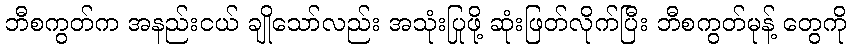
ဘီစကွတ်က အနည်းငယ် ချိုသော်လည်း အသုံးပြုဖို့ ဆုံးဖြတ်လိုက်ပြီး ဘီစကွတ်မုန့် တွေကို